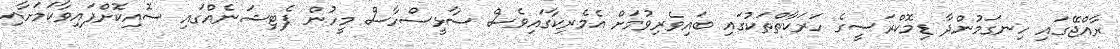
ރާއްޖޭގައި ހިނގަމުންދާ ޑިމޮކްރަސީގެ ހަރަކާތްތަކުގައި ބައިވެރިވުމަށް އެމެރިކާގައިވެސް ސާޅީސްހާސް މީހުން ޕެޓިޝަނެއްގައި ސޮއިކޮށްފައިވާކަމަށާއި